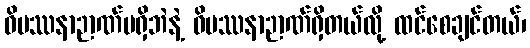
ဝိပဿနာဉာဏ်မရှိဘဲနဲ့ ဝိပဿနာဉာဏ်ရှိတယ်လို့ ထင်စေချင်တယ်၊